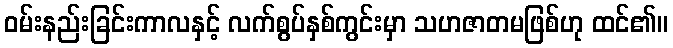
ဝမ်းနည်းခြင်းကာလနှင့် လက်စွပ်နှစ်ကွင်းမှာ သဟဇာတမဖြစ်ဟု ထင်၏။